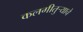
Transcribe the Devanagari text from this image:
कलगीतुर्‍याचे